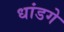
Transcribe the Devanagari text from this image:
धांडगे